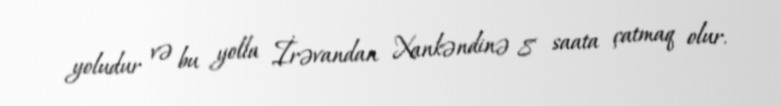
yoludur və bu yolla İrəvandan Xankəndinə 8 saata çatmaq olur.